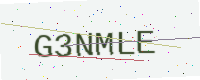
Text: G3NMLE